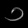
Digit: ၁